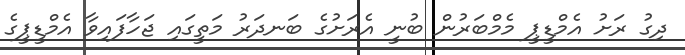
ދިގު ރަށު އެމްޑީޕީ މެމްބަރުން ބުނީ އެރަށުގެ ބަނދަރު މަތީގައި ޖަހާފައިވާ އެމްޑީޕީގެ